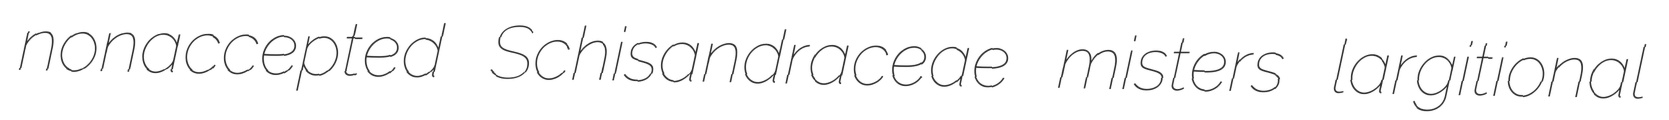
nonaccepted Schisandraceae misters largitional